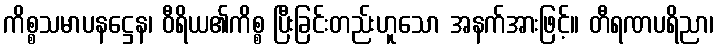
ကိစ္စသမာပနဋ္ဌေန၊ ဝီရိယ၏ကိစ္စ ပြီးခြင်းတည်းဟူသော အနက်အားဖြင့်။ တီရဏပရိညာ၊